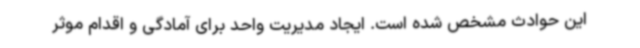
این حوادث مشخص شده است. ایجاد مدیریت واحد برای آمادگی و اقدام موثر